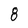
Character: 8